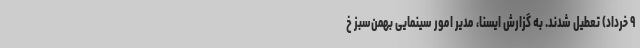
۹ خرداد) تعطیل شدند. به گزارش ایسنا، مدیر امور سینمایی بهمن‌سبز خ